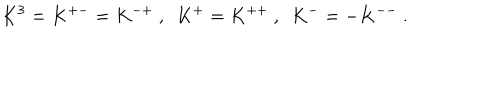
K ^ { 3 } = K ^ { + - } = K ^ { - + } ~ , ~ ~ K ^ { + } = K ^ { + + } ~ , ~ ~ K ^ { - } = - K ^ { -- } ~ .